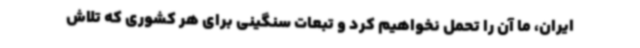
ایران، ما آن را تحمل نخواهیم کرد و تبعات سنگینی برای هر کشوری که تلاش